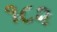
૧૮૨